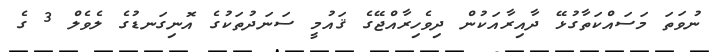
ނުވަތަ މަސައްކަތާގުޅޭ ދާއިރާއަކުން ދިވެހިރާއްޖޭގެ ޤައުމީ ސަނަދުތަކުގެ އޮނިގަނޑުގެ ލެވެލް 3 ގެ